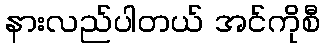
နားလည်ပါတယ် အင်ကိုစီ